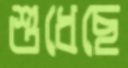
শুধেছে